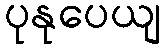
ပုနုပေယျ